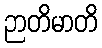
ဉာတိမာတိ